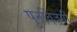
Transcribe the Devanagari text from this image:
पुनर्विजयी